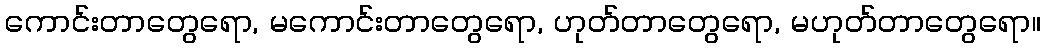
ကောင်းတာတွေရော, မကောင်းတာတွေရော, ဟုတ်တာတွေရော, မဟုတ်တာတွေရော။